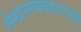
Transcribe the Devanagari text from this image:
लेखनव्यवहाराची